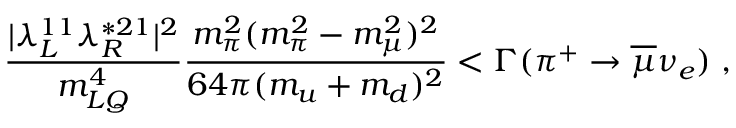
\frac { | \lambda _ { L } ^ { 1 1 } \lambda _ { R } ^ { * 2 1 } | ^ { 2 } } { m _ { L Q } ^ { 4 } } \frac { m _ { \pi } ^ { 2 } ( m _ { \pi } ^ { 2 } - m _ { \mu } ^ { 2 } ) ^ { 2 } } { 6 4 \pi ( m _ { u } + m _ { d } ) ^ { 2 } } < \Gamma ( \pi ^ { + } \rightarrow \overline { { { \mu } } } \nu _ { e } ) \; ,